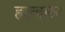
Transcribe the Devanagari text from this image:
हल्बास